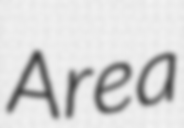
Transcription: Area